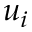
u _ { i }